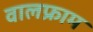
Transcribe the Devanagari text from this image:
वालफ्राम